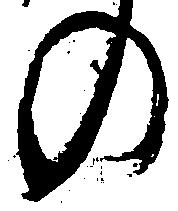
の